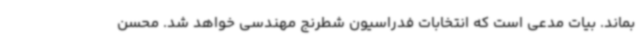
بماند. بیات مدعی است که انتخابات فدراسیون شطرنج مهندسی خواهد شد. محسن